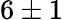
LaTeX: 6\pm 1